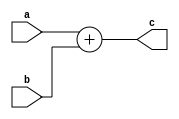
`timescale 1ns/1ps
module ADD4 (
    input [3:0] a,
    input [3:0] b,
    output [3:0] c
);
    assign c = a + b;
endmodule